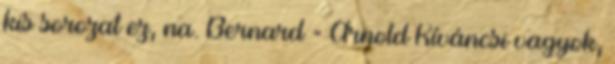
kis sorozat ez, na. Bernard = Arnold Kíváncsi vagyok,